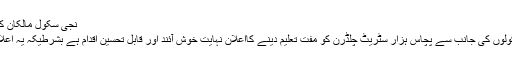
نجی سکول مالکان کی انجمن کا خوش آئند اعلان
خیبر پختونخوا کے نجی سکولوں کی جانب سے پچاس ہزار سٹریٹ چلڈرن کو مفت تعلیم دینے کااعلان نہایت خوش آئند اور قابل تحسین اقدام ہے بشرطیکہ یہ اعلان محض اعلان ہی نہ رہے۔